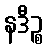
နဒီဉ္စ